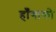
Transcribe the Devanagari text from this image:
हाँगाको